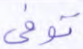
توفى